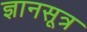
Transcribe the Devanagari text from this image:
ज्ञानसूत्र